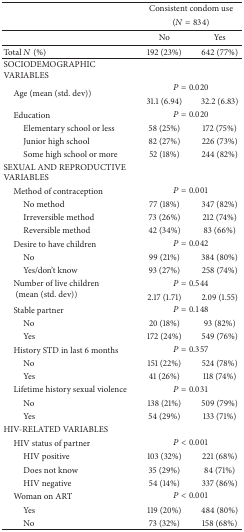
|  | <COLSPAN=2> Consistent condom use |
 |  | <COLSPAN=2> (N = 834) |
 | --- | --- | --- |
 |  | No | Yes |
 | Total N (%) | 192 (23%) | 642 (77%) |
 | SOCIODEMOGRAPHIC VARIABLES |  |  |
 | <ROWSPAN=2> Age (mean (std. dev)) | <COLSPAN=2> P = 0.020 |
 | 31.1 (6.94) | 32.2 (6.83) |
 | Education | <COLSPAN=2> P = 0.020 |
 | Elementary school or less | 58 (25%) | 172 (75%) |
 | Junior high school | 82 (27%) | 226 (73%) |
 | Some high school or more | 52 (18%) | 244 (82%) |
 | SEXUAL AND REPRODUCTIVE VARIABLES |  |  |
 | Method of contraception | <COLSPAN=2> P = 0.001 |
 | No method | 77 (18%) | 347 (82%) |
 | Irreversible method | 73 (26%) | 212 (74%) |
 | Reversible method | 42 (34%) | 83 (66%) |
 | Desire to have children | <COLSPAN=2> P = 0.042 |
 | No | 99 (21%) | 384 (80%) |
 | Yes/don't know | 93 (27%) | 258 (74%) |
 | <ROWSPAN=2> Number of live children(mean (std. dev)) | <COLSPAN=2> P = 0.544 |
 | 2.17 (1.71) | 2.09 (1.55) |
 | Stable partner | <COLSPAN=2> P = 0.148 |
 | No | 20 (18%) | 93 (82%) |
 | Yes | 172 (24%) | 549 (76%) |
 | History STD in last 6 months | <COLSPAN=2> P = 0.357 |
 | No | 151 (22%) | 524 (78%) |
 | Yes | 41 (26%) | 118 (74%) |
 | Lifetime history sexual violence | <COLSPAN=2> P = 0.031 |
 | No | 138 (21%) | 509 (79%) |
 | Yes | 54 (29%) | 133 (71%) |
 | HIV-RELATED VARIABLES |  |  |
 | HIV status of partner | <COLSPAN=2> P < 0.001 |
 | HIV positive | 103 (32%) | 221 (68%) |
 | Does not know | 35 (29%) | 84 (71%) |
 | HIV negative | 54 (14%) | 337 (86%) |
 | Woman on ART | <COLSPAN=2> P < 0.001 |
 | Yes | 119 (20%) | 484 (80%) |
 | No | 73 (32%) | 158 (68%) |